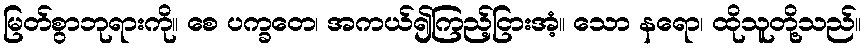
မြတ်စွာဘုရားကို။ စေ ပက္ခတေ၊ အကယ်၍ကြည့်ငြားအံ့။ သော နရော၊ ထိုသူတို့သည်။